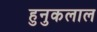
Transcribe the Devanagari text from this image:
हुनुकलाल